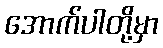
အောက်ပါတို့မှာ